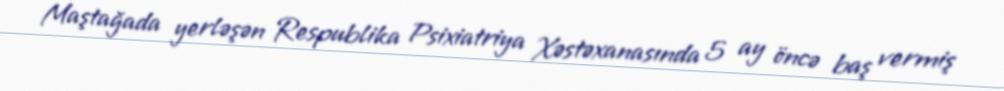
Maştağada yerləşən Respublika Psixiatriya Xəstəxanasında 5 ay öncə baş vermiş